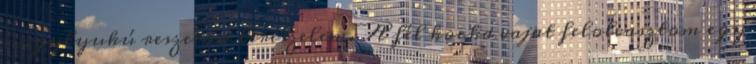
nagylyukú reszelőn lereszelem. A fél kocka vajat felolvasztom egy